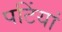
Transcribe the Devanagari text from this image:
पटिंयां